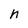
Character: h